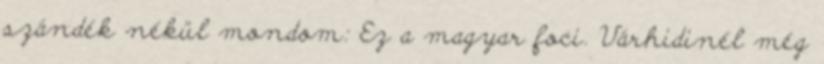
szándék nékül mondom: Ez a magyar foci. Várhidinél még